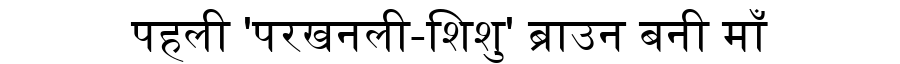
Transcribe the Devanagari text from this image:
पहली 'परखनली-शिशु' ब्राउन बनी माँ